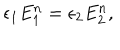
\epsilon _ { 1 } E _ { 1 } ^ { n } = \epsilon _ { 2 } E _ { 2 } ^ { n } ,